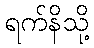
ရက်နိသို့